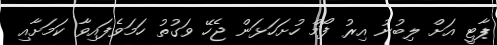
ޕާޓީ އަށް ލިބުނު އިރު ފޯމް ހުށަހަޅަން ޖެހޭ ވަގުތު ހަމަވެފައިވާ ކަމަށާއި